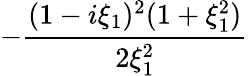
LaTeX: -{\frac{(1-i\xi_{1})^{2}(1+\xi_{1}^{2})}{2\xi_{1}^{2}}}